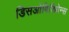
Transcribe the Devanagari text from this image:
डिसओबिडियेन्स